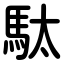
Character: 駄